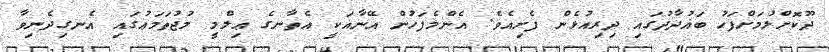
ދޫކޮށްލުމަށްފަހު ބަޣުދާދުގައި ދިރިއުޅެން ފެށިއެވެ. އެންމެފަހުން އޭނާއަކީ އެތާނގެ ޢިލްމީ މުޖުތަމަޢުގައި އެނގިދެނިވާ